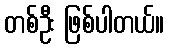
တစ်ဦး ဖြစ်ပါတယ်။